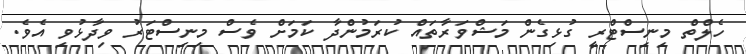
ހެލްތް މިނިސްޓްރީ ގުޅިގެން މަޝްވަރާތައް ކުރަމުންދާ ކަމަށް ވެސް މިނިސްޓަރު ވިދާޅުވި އެވެ.